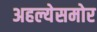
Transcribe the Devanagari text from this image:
अहल्येसमोर